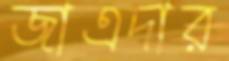
জাএদার